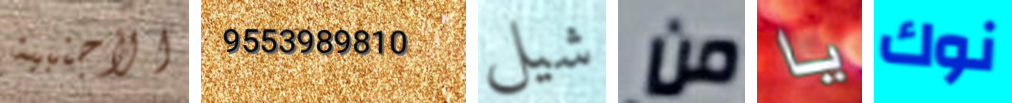
الأجنبية 9553989810 شيل من يا نوك